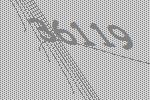
36119